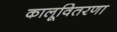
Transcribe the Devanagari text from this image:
कालूवितरणा